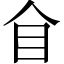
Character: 𥃦